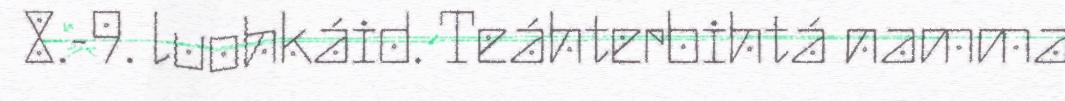
8.-9. luohkáid. Teáhterbihtá namma